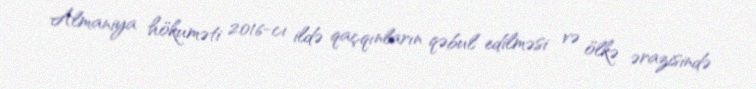
Almaniya hökuməti 2016-cı ildə qaçqınların qəbul edilməsi və ölkə ərazisində